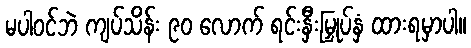
မပါဝင်ဘဲ ကျပ်သိန်း ၉၀ လောက် ရင်းနှီးမြှုပ်နှံ ထားရမှာပါ။